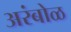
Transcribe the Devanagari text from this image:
अरंबोळ